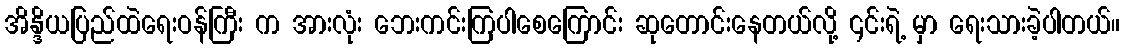
အိန္ဒိယပြည်ထဲရေးဝန်ကြီး က အားလုံး ဘေးကင်းကြပါစေကြောင်း ဆုတောင်းနေတယ်လို့ ၎င်းရဲ့ မှာ ရေးသားခဲ့ပါတယ်။